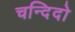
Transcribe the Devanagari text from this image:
चन्दिदो